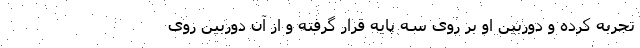
تجربه کرده و دوربین او بر روی سه پایه قرار گرفته و از آن دوربین روی